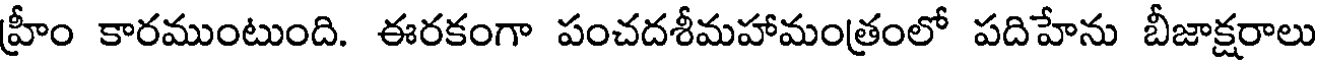
హ్రీం కారముంటుంది. ఈరకంగా పంచదశీమహామంత్రంలో పదిహేను బీజాక్షరాలు